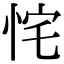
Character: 㤞